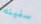
سفينه